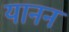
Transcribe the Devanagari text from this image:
यानन